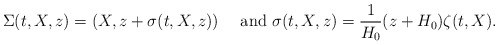
\begin{align*}\Sigma(t,X,z)=(X,z+\sigma(t,X,z))\quad\mbox{ and }\sigma(t,X,z)=\frac{1}{H_0}(z+H_0)\zeta(t,X).\end{align*}